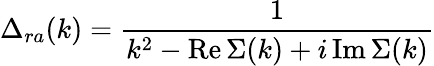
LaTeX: \Delta_{ra}(k)={\frac{1}{k^{2}-\mathrm{Re\, }\Sigma(k)+i\, \mathrm{Im\, }\Sigma(k)}}